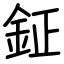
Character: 鉦